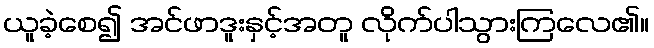
ယူခဲ့စေ၍ အင်ဖာဒူးနှင့်အတူ လိုက်ပါသွားကြလေ၏။